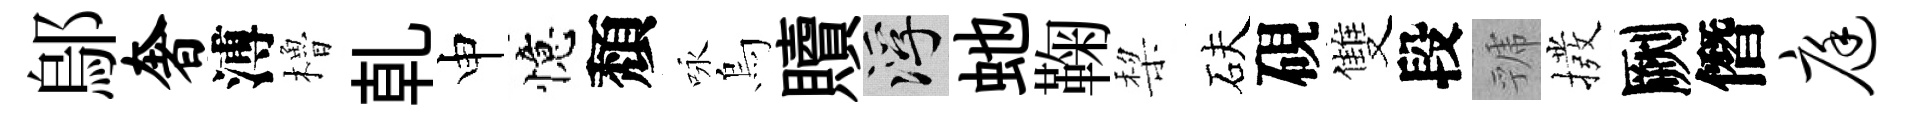
鄔奢溥櫓乹申憶頽咏烏贖浮虵鞠棃砆硯雙段虢撥劂僭庭